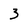
Character: 3